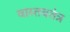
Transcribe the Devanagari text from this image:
वास्तवतंत्र